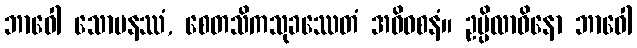
ဘာဝေါ သောမနဿံ, စေတသိကသုခဿေတံ အဓိဝစနံ။ ဥပ္ပိလာဝိနော ဘာဝေါ